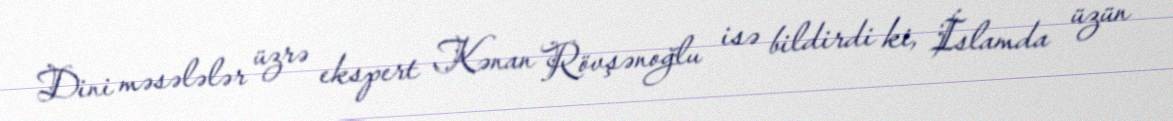
Dini məsələlər üzrə ekspert Kənan Rövşənoğlu isə bildirdi ki, İslamda üzün